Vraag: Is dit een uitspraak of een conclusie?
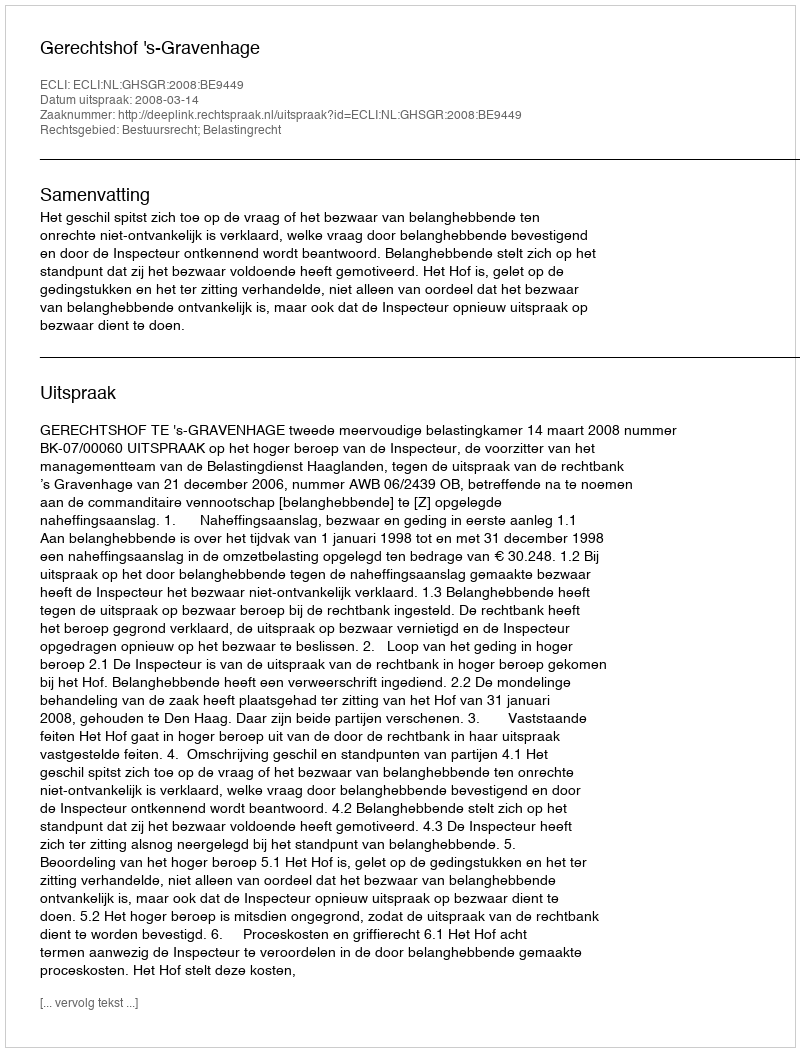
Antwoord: Uitspraak